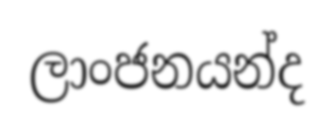
ලාංජනයන්ද